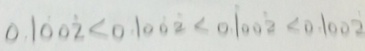
0 . 1 \dot { 0 } 0 \dot { 2 } < 0 . 1 0 \dot { 0 } \dot { 2 } < 0 . \dot { 1 } 0 0 \dot { 2 } < 0 . 1 0 0 \dot { 2 }